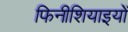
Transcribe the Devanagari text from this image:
फिनीशियाइयों